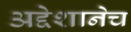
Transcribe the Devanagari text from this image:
अद्देशानेच